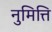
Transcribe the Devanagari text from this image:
नुमित्ति